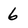
Character: 6